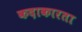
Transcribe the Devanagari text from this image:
कदाकारता